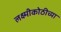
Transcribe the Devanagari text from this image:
लक्ष्मीकोठीच्या